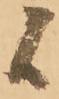
候